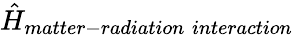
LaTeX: \hat{H}_{matter-radiation\; interaction}